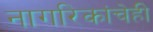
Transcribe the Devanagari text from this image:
नागरिकांचेही